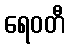
ရေဝတီ